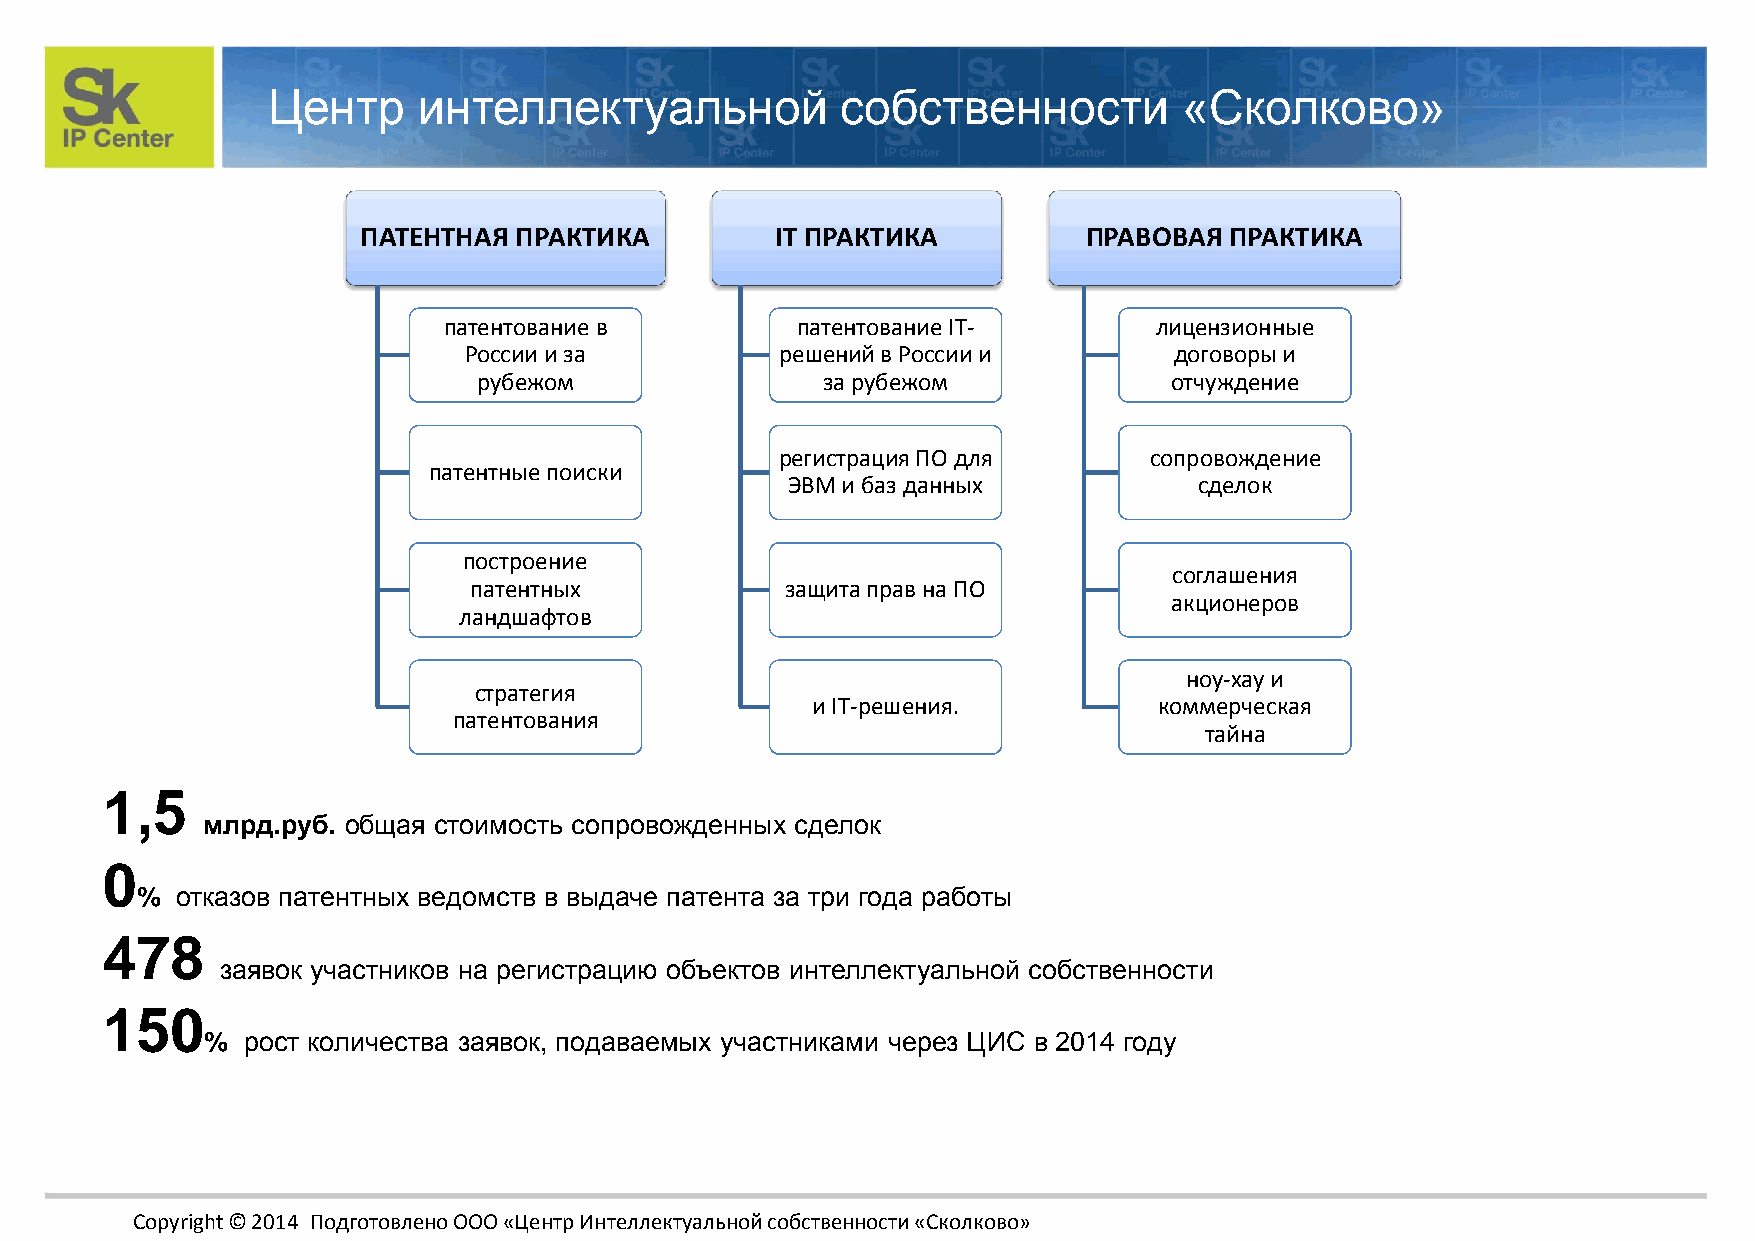
Центр     интеллектуальной            собственности         «Сколково»
 ПАТЕНТНАЯ ПРАКТИКА         IT ПРАКТИКА          ПРАВОВАЯ ПРАКТИКА
 патентование в          патентование IT-       лицензионные
 России и за          решений в России и        договоры и
 рубежом               за рубежом             отчуждение
 регистрация ПО для      сопровождение
 патентные поиски
 ЭВМ и баз данных           сделок
 построение
 cоглашения
 патентных            защита прав на ПО
 акционеров
 ландшафтов
 ноу-хау и
 стратегия
 и IT-решения.          коммерческая
 патентования
 тайна
 1,5
 млрд.руб. общая стоимость сопровожденных сделок
 0
 %  отказов патентных ведомств в выдаче патента за три года работы
 478
 заявок участников на регистрацию объектов интеллектуальной собственности
 150
 % рост количества заявок, подаваемых участниками через ЦИС в 2014 году
 Copyright © 2014 Подготовлено ООО «Центр Интеллектуальной собственности «Сколково»